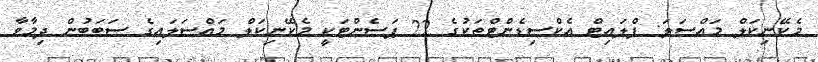
މެކޭނިކަލް މައްސަލަ: ފްލައިޓް އެކްސިޑެންޓްތަކުގެ 22 ޕަސެންޓަކީ މެކޭނިކަލް މައްސަލައިގެ ސަބަބުން ދިމާވާ